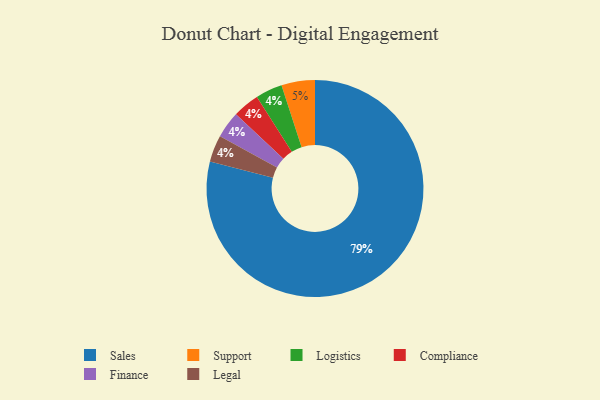
{"axis": {"x": "Category", "y": "Percentage"}, "legend": ["Compliance", "Finance", "Legal", "Logistics", "Sales", "Support"], "data": [{"x": "Sales", "y": 79, "type": "Sales"}, {"x": "Logistics", "y": 4, "type": "Logistics"}, {"x": "Compliance", "y": 4, "type": "Compliance"}, {"x": "Finance", "y": 4, "type": "Finance"}, {"x": "Support", "y": 5, "type": "Support"}, {"x": "Legal", "y": 4, "type": "Legal"}]}